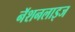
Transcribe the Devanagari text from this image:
नॅशनलाइज